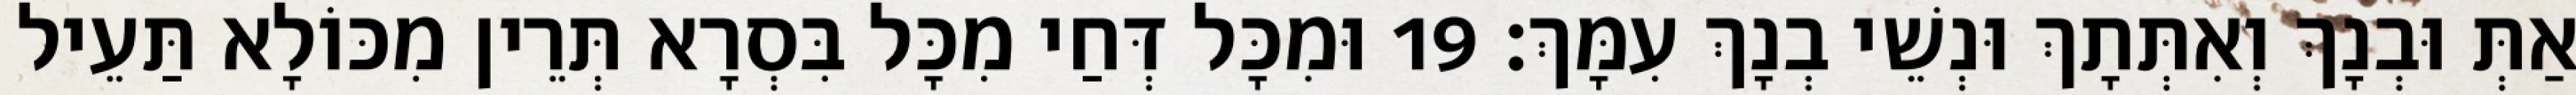
אַתְּ וּבְנָךְ וְאִתְּתָךְ וּנְשֵׁי בְנָךְ עִמָּךְ׃ 19 וּמִכָּל דְּחַי מִכָּל בִּסְרָא תְּרֵין מִכּוֹלָא תַּעֵיל